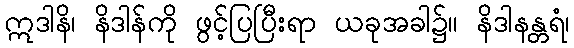
ဣဒါနိ၊ နိဒါန်ကို ဖွင့်ပြပြီးရာ ယခုအခါ၌။ နိဒါနန္တရံ၊